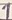
Text: 1